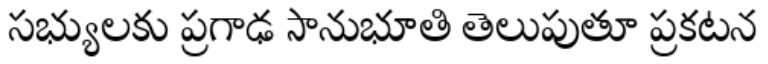
సభ్యులకు ప్రగాఢ సానుభూతి తెలుపుతూ ప్రకటన